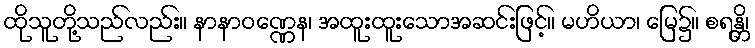
ထိုသူတို့သည်လည်း။ နာနာဝဏ္ဏေန၊ အထူးထူးသောအဆင်းဖြင့်။ မဟိယာ၊ မြေ၌။ စရန္တိ၊